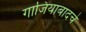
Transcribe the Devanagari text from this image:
गाजियाबादचे